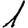
Digit: 1